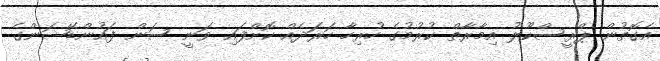
އެގޮތުން ޕްރީސްކޫލު އިމާރާތް ކުރުމުގެ ހުރިހާ ހަރަދެއް ކޮށްފައި ވަނީ ސަން ފައުންޑޭޝަންގެ